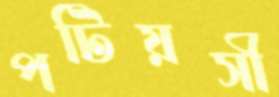
পটিয়সী